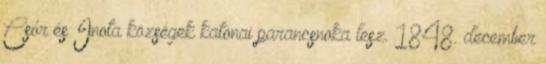
Csór és Inota községek katonai parancsnoka lesz. 1848. december